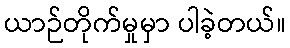
ယာဉ်တိုက်မှုမှာ ပါခဲ့တယ်။